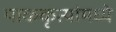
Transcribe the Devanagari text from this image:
पाककृत्यांमध्ये